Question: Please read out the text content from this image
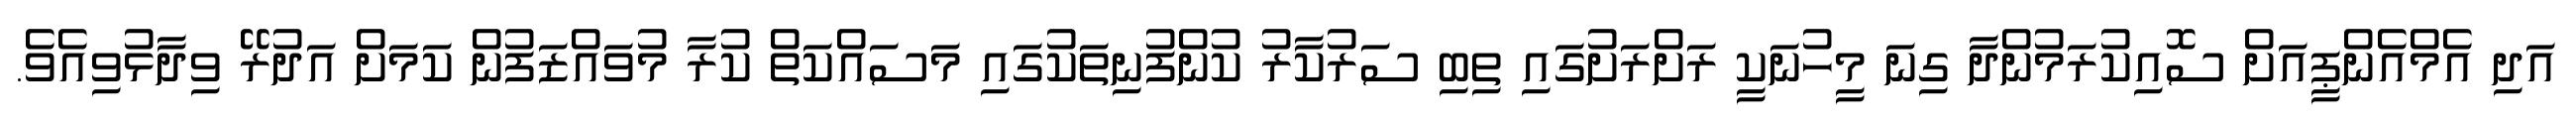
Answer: އަދި އެމްއެންޕީއަށް ސޮއިކުރަމުންދާ ގިނަ މީހުނަކީ ރަށްރަށުގައި ތިބި ސަރުކާރު ކުންފުނިތަކުގައި މަސައްކަތް ކުރާ މުވައްޒަފުން ކަމަށް އަދުރޭ ވިދާޅުވިއެވެ.